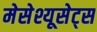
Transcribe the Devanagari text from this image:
मेसेश्यूसेट्स